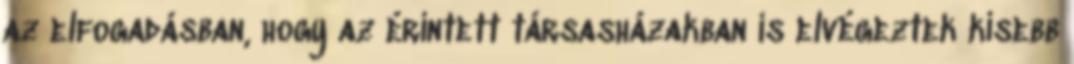
az elfogadásban, hogy az érintett társasházakban is elvégeztek kisebb